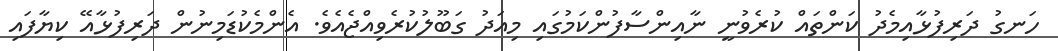
ހަނގު ދަރިފުޅާއިމެދު ކަންތައް ކުރެވުނީ ނާއިންސާފުންކަމުގައި މިއަދު ގަބޫލުކުރެވިއްޖެއެވެ. އެންމެކުޑަމިނުން ދަރިފުޅާއޭ ކިޔާފައި